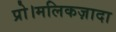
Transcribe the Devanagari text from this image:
प्रो।मलिकज़ादा